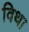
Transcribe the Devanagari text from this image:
विथा